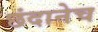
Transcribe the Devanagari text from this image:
छंदानेच